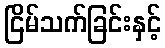
ငြိမ်သက်ခြင်းနှင့်